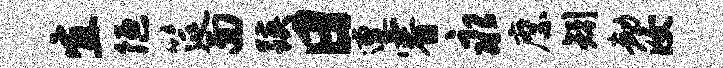
宜陋筵面蹊日遭睿永縻矧劫汝